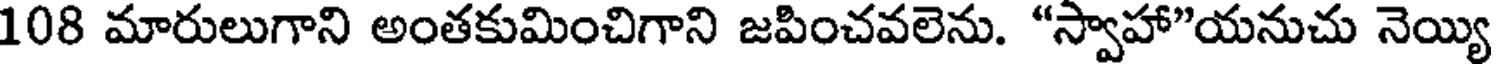
108 మారులుగాని అంతకుమించిగాని జపించవలెను. "స్వాహా"యనుచు నెయ్యి